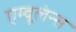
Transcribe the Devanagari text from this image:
एम्‍बूलेन्‍स